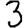
Digit: 3